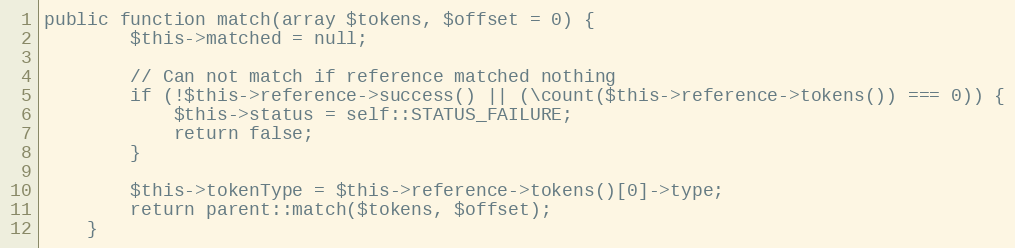
Language: PHP
public function match(array $tokens, $offset = 0) {
		$this->matched = null;

		// Can not match if reference matched nothing
		if (!$this->reference->success() || (\count($this->reference->tokens()) === 0)) {
			$this->status = self::STATUS_FAILURE;
			return false;
		}

		$this->tokenType = $this->reference->tokens()[0]->type;
		return parent::match($tokens, $offset);
	}